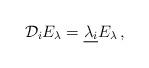
LaTeX: \begin{align*}{\mathcal D}_i E_{\lambda} =\underline{ \lambda_i} E_{\lambda} \, ,\end{align*}